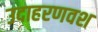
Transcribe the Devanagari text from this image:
उदाहरणवश